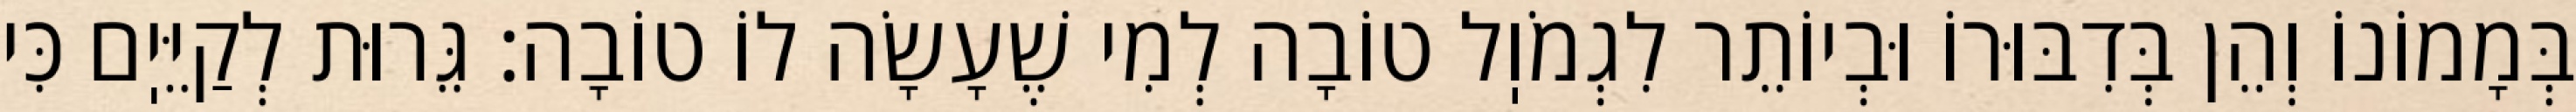
בְּמָמוֹנוֹ וְהֵן בְּדִבּוּרוֹ וּבְיוֹתֵר לִגְמֹוֽל טוֹבָה לְמִי שֶׁעָשָׂה לוֹ טוֹבָה: גֵּרוּת לְקַיֵּיֽם כִּי